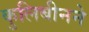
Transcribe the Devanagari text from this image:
कुलिबीनने